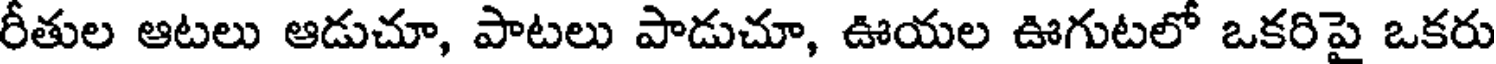
రీతుల ఆటలు ఆడుచూ, పాటలు పాడుచూ, ఊయల ఊగుటలో ఒకరిపై ఒకరు